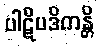
ပါဋိပဒိကန္တိ